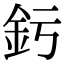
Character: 釫